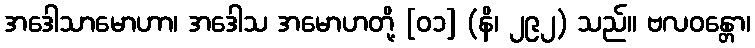
အဒေါသာမောဟာ၊ အဒေါသ အမောဟတို့ [၀၁] (နိ၊ ၂၉၂) သည်။ ဗလဝန္တော၊